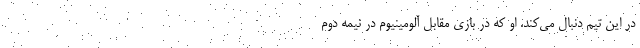
در این تیم دنبال می‌کند. او که در بازی مقابل آلومینیوم در نیمه دوم